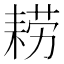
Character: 耢